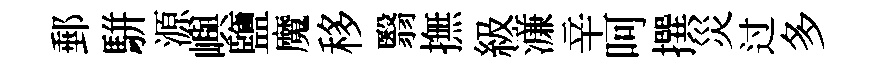
郵駢源嶼鹽魔移翳撫級濓辛呵撰災过多